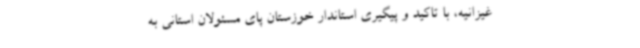
غیزانیه، با تاکید و پیگیری استاندار خوزستان پای مسئولان استانی به